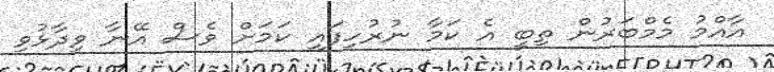
އާއްމު މެމްބަރުން ތިބީ އެ ކަމާ ނުރުހިފައި ކަމަށް ވެސް އޭނާ ވިދާޅުވި